Report on malaria in the Punjab during the year ...  together with an account of the work of the Punjab Malaria Bureau - Volume 4
Disease focus: Malaria
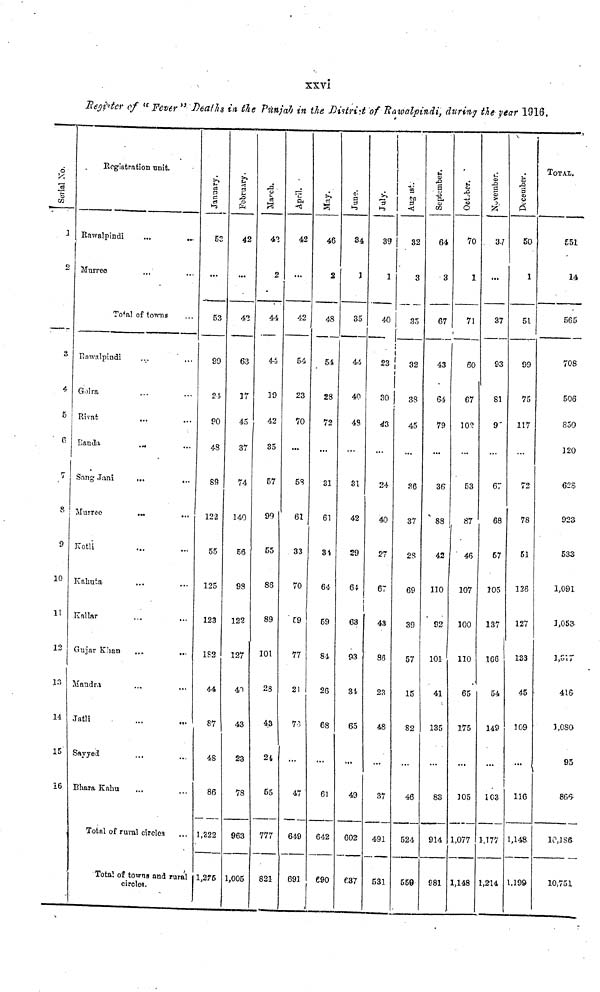
xxvi
Register of "Fever" Deaths in the Punjab in the District of Rawalpindi, during the year 1916.
o
CG
1
8
4
5
7
8
9
10
11
12
13
14
15
16
Registration unit.
Rawalpindi
...
...
Murree
Total of towns
Rawalpindi
Golra
Rivat
Sang Jani
...
...
Murree
...
Kotli
Kahuta
Kallar
Gujar Khan
Mandra
Jatli
Sayyed
Bhara Kahu
Total of rural circles
Total of towns and rura
circles.
January.
52
...
53
99
24
90
40
89
122
55
125
123
1S2
44
87
4S
86
1,222
1,276
February.
42
...
42
63
17
45
37
74
140
56
93
122
127
40
43
¿6
78
963
l,006
March.
42
2
44
44
19
42
35
57
99
55
86
89
101
28
43
21
55
777
821
42
...
42
54
23
70
5S
61
33
70
59
77
21
70
47
64£
691
May.
46
2
48
54
28
72
31
61
34
64
59
84
26
68
61
642
690
1
34
3
35
44
40
43
31
42
29
64
63
93
31
65
49
602
687
July.
39
1
40
|
30
43
24
40
27
67
43
88
23
48
37
491
53
August.
32
3
35
32
38
45
36
37
2S
69
39
57
15
82
46
524
558
September.
64
3
67
43
64
79
36
88
42
110
92
101
41
135
83
914
981
October.
70
1
71
60
67
102
53
87
46
107
100
110
65
175
105
1,077
1,148
November.
37
93
81
9"
67
68
57
105
187
166
54
149
103
1,177
1,214
December.
50
1
51
99
75
117
72
78
51
126
127
133
45
109
116
1,148
1,199
TOTAL.
551
14
565
708
506
830
120
625
923
533
1,091
1,053.
1.817
416
1,080
95
V
10,186
10,751